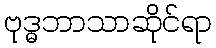
ဗုဒ္ဓဘာသာဆိုင်ရာ